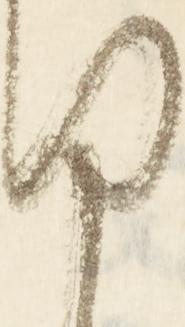
ふ